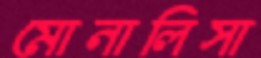
মোনালিসা